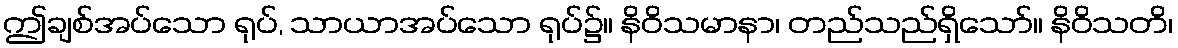
ဤချစ်အပ်သော ရုပ်, သာယာအပ်သော ရုပ်၌။ နိဝိသမာနာ၊ တည်သည်ရှိသော်။ နိဝိသတိ၊